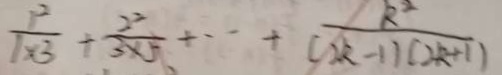
\frac { 1 ^ { 2 } } { 1 \times 3 } + \frac { 2 ^ { 2 } } { 3 \times 5 } + \cdots + \frac { k ^ { 2 } } { ( 2 k - 1 ) ( 2 k + 1 ) }